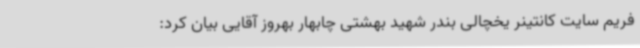
فریم سایت کانتینر یخچالی بندر شهید بهشتی چابهار بهروز آقایی بیان کرد: